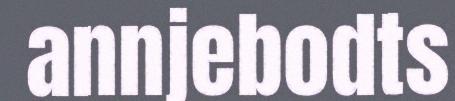
annjebodts